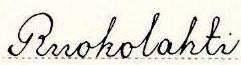
Ruokolahti